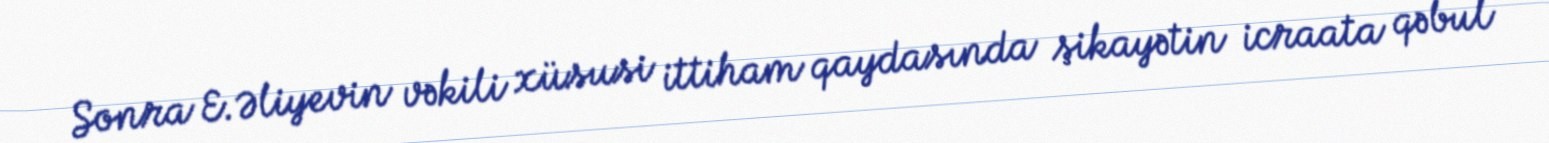
Sonra E.Əliyevin vəkili xüsusi ittiham qaydasında şikayətin icraata qəbul